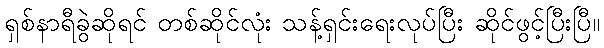
ရှစ်နာရီခွဲဆိုရင် တစ်ဆိုင်လုံး သန့်ရှင်းရေးလုပ်ပြီး ဆိုင်ဖွင့်ပြီးပြီ။